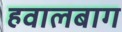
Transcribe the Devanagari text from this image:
हवालबाग